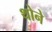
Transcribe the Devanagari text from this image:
थोने